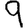
Digit: 9